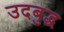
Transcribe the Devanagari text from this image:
उदबुद्ध